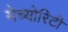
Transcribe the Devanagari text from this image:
मेच्योरिटी